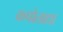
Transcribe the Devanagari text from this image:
कपोताद्या